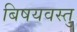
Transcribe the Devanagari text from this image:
बिषयवस्तु